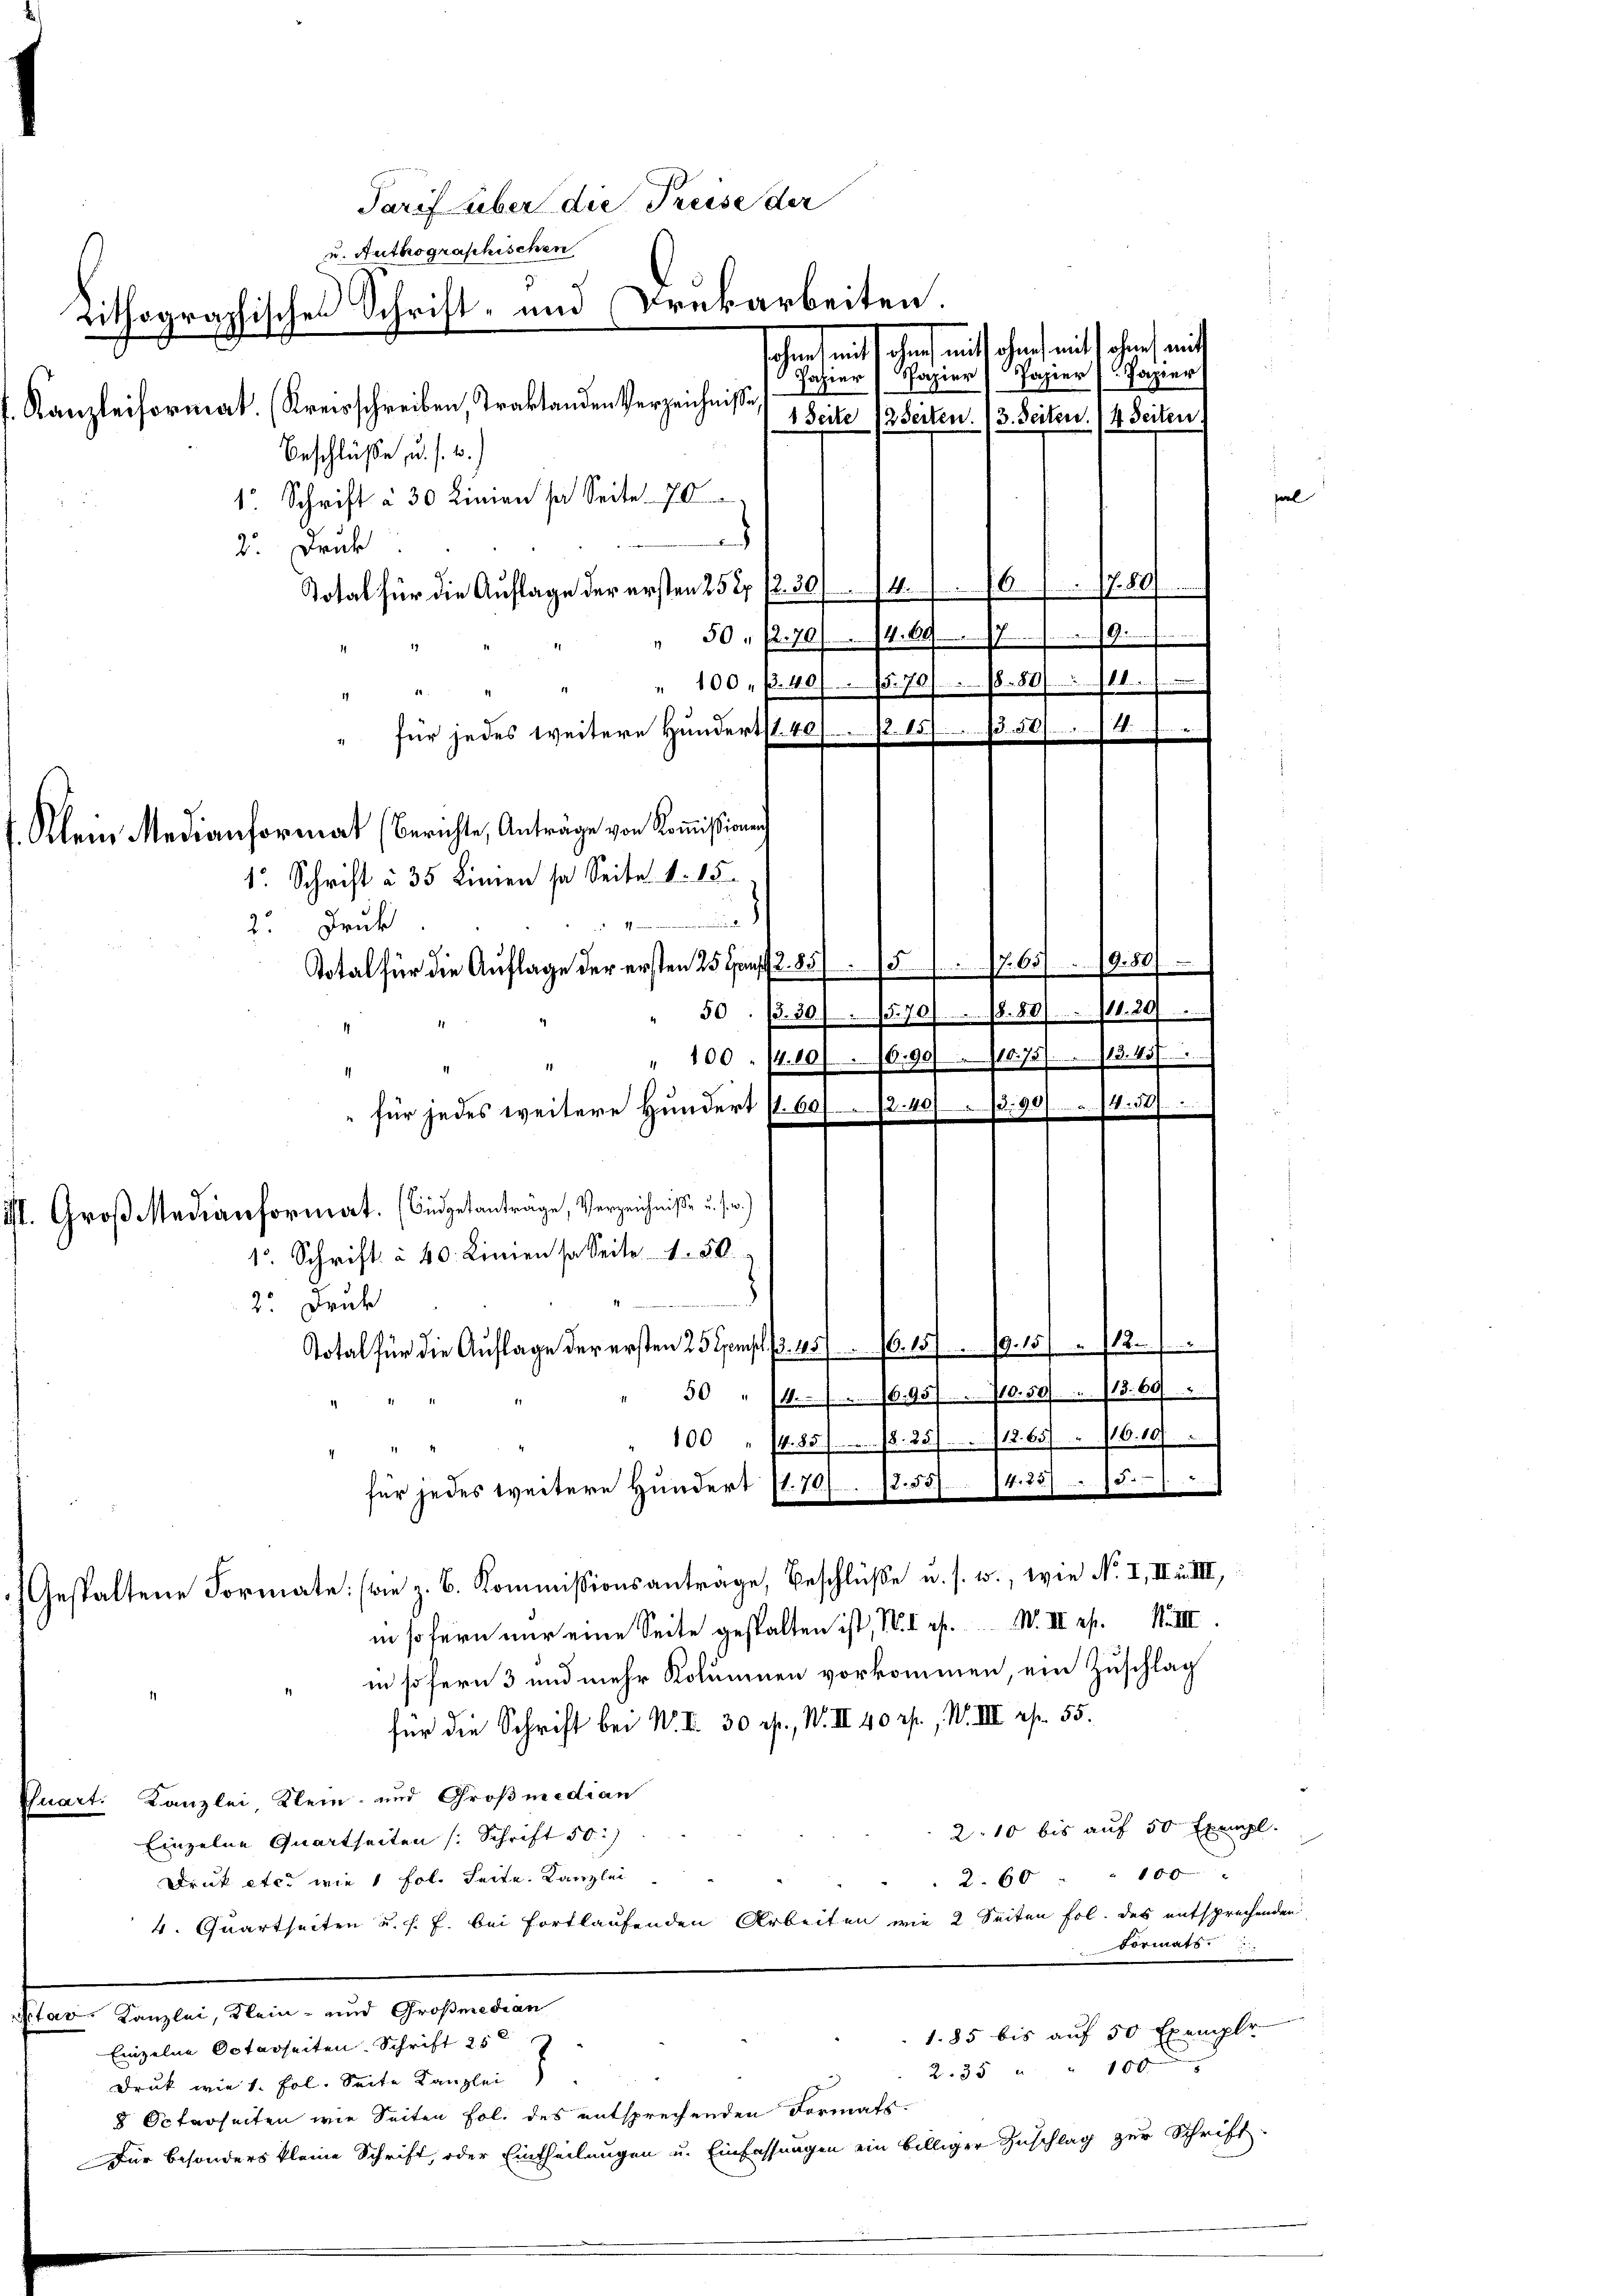
Drukarbeiten.
Rithographischen Schrift- und
Jahier Papier
 ich
Kanzleiformat. (Kreisschreiben, Traktanden Verzeichnisse,
Beschlüße, u. s. w.)
1. Schrift à 30 Linien sa Seite 70
d
2. Druk

Total für die Auflage der ersten 25 27 (2 30/14/16. 1780
" 50. fl. 70/71. 697. 19.
" 100. f. 407. 570/ 1880. 11
für jedes weitere Hundertst 40 f. 15. 13. 504
1 Schrift à 35 Linien so Seite 1. 15.
.
2. Truk
Total für die Auflage der ersten 25 Hanf 2. 855. 765. 19. 50
50. ß. 30./1570/ 18. 80. 111. 29
" 100 - 14.10/10,90/10. 757. 13. 415/
1
für jedes weitere Hundert (I. 602. 40890/. 4. 54
II. Groß Medianformat. (Eidgetanträge, Verzeichniße u. s. w.)
1o. Schrift à 40. Linien sa Seite 1. 50.
2. Druk
Total für die Auflage der ersten 25 Exempl. 457. 16. 159. 15. 112.
30 " 14. 1695 f. 70. 50.   .  13. 69
100 " 14. 85 . . . . . 25 f. 712. 657. 16. 107
für jedes weitere Hundert 11. 701. 17. 551. 14. 23

11
Klein Medianformat (Berichte, Anträge von Kommißione

ud Authographischen

Tarif über die Preise der

Gestaltene Formate (wie z. B. Kommissionsantrage, Beschlüsse u. s. w., wie No. I, II u. II.,

sohn mit sehen, auch ohne mit sehen, mit
1 Seite 12 Seiten. (3. Seiten. (4 Seiten.

.

Papier Papier

in sofern nur eine Seite gestalten ist, IV. I es. W. III est. III
in sofern 3 und mehr Kolumnen vorkommen, ein Zuschlag
für die Schrift bei W. II. 30 rp., W. III 40 rp., W. III. fr. 55.
nart. Kanzlei Klein- und Großmedian
2: 10 bis auf 50 Exempl.
Einzelne Quartseiten (Schrift 50:
2. 60 " 100
Druk etc. wie 1 fol. Seite. Kanzlei
4. Quartseiten u. s. f. bei fortlaufenden Arbeiten wie 2 Seiten fol. des entsprechenden
Formats
0. Kanzlei, Stein- und Großmedian
1.85 bis auf 50 Exemple
Einzelne Octarseiten Schrift 25
2.35 " " 100.
Druk wie 1. Fol. Seite Kanzlei
8 Octarseiten wie Seiten Fol. des entsprechenden Formats-
Für besonders kleine Schrift, oder Eintheilungen u. Einfassungen ein billiger Zuschlag zur Schrift-